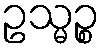
ဥသ္မဉ္စ